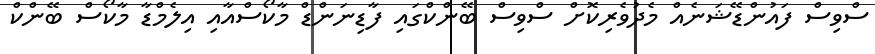
ސްވިސް ފައުންޑޭޝަނެއް މެދުވެރިކޮށް ސްވިސް ބޭންކްގައި ފާޑިނަންޑް މާކޯސްއާއި އިލެމްޑާ މާކޯސް ބޭންކް